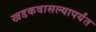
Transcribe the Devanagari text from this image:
खडकवासल्यापर्यंत